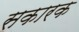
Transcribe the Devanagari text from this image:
सकारक